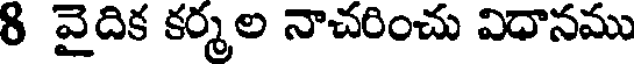
8 వైదిక కర్మల నాచరించు విధానము